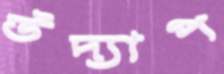
উদ্যাপ